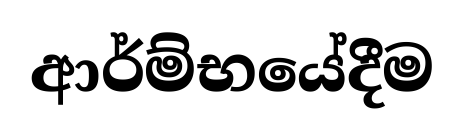
ආර්ම්භයේදීම